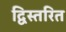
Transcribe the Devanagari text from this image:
द्विस्तरित